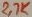
Text: 27K